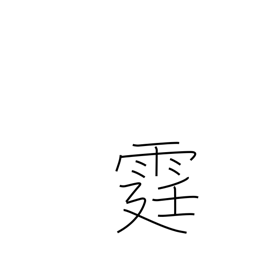
Meaning: lightning